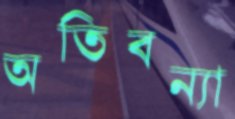
অতিবন্যা